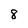
Character: 8